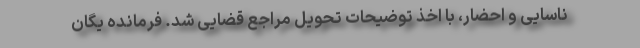
ناسایی و احضار، با اخذ توضیحات تحویل مراجع قضایی شد. فرمانده یگان